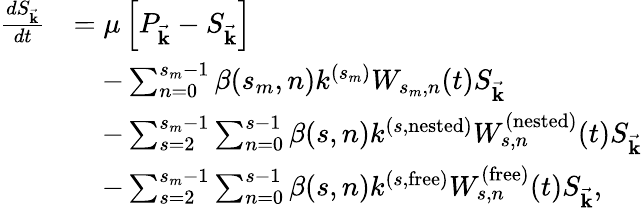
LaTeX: \begin{array}{rl}{\frac{dS_{\vec{\mathbf{k}}}}{dt}}&{=\mu\left[P_{\vec{\mathbf{k}}}-S_{\vec{\mathbf{k}}}\right]}\\ &{\quad-\sum_{n=0}^{s_{m}-1}\beta(s_{m},n)k^{(s_{m})}W_{s_{m},n}(t)S_{\vec{\mathbf{k}}}}\\ &{\quad-\sum_{s=2}^{s_{m}-1}\sum_{n=0}^{s-1}\beta(s,n)k^{(s,\mathrm{nested})}W_{s,n}^{(\mathrm{nested})}(t)S_{\vec{\mathbf{k}}}}\\ &{\quad-\sum_{s=2}^{s_{m}-1}\sum_{n=0}^{s-1}\beta(s,n)k^{(s,\mathrm{free})}W_{s,n}^{(\mathrm{free})}(t)S_{\vec{\mathbf{k}}},}\end{array}